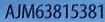
AJM63815381